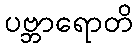
ပဗ္ဘာရောတိ